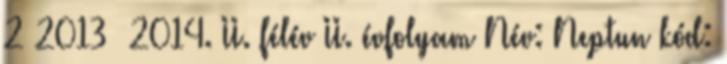
2 2013 2014. II. félév II. évfolyam Név: Neptun kód: